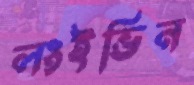
লংইভিন